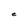
Character: e